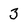
Character: 3